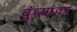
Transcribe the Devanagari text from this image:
बुंध्यांवर